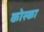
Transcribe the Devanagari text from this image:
कोस्का